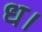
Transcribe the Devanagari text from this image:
ध।